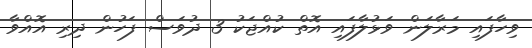
ވިހާފައި މަރާލަން ވަޅުލާފައި އޮތް ކުއްޖަކު 3 ދުވަސް ފަހުން ދިރި އޮއްވާ